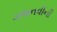
ગજનવીની